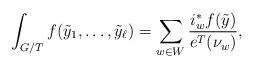
LaTeX: \begin{align*} \int_{G/T} f(\tilde{y}_1, \ldots, \tilde{y}_{\ell})=\sum_{w \in W} \frac{i_w^* f(\tilde{y})}{e^T(\nu_w)},\end{align*}